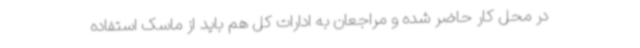
در محل کار حاضر شده و مراجعان به ادارات کل هم باید از ماسک استفاده